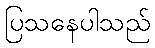
ပြသနေပါသည်